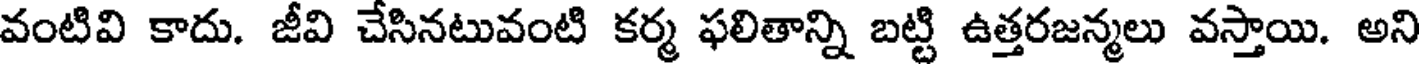
వంటివి కాదు. జీవి చేసినటువంటి కర్మ ఫలితాన్ని బట్టి ఉత్తరజన్మలు వస్తాయి. అని